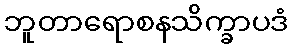
ဘူတာရောစနသိက္ခာပဒံ